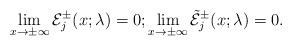
LaTeX: \begin{align*} \lim_{x \to \pm \infty} \mathcal{E}_j^{\pm} (x;\lambda) = 0; \lim_{x \to \pm \infty} \tilde{\mathcal{E}}_j^{\pm} (x;\lambda) = 0.\end{align*}